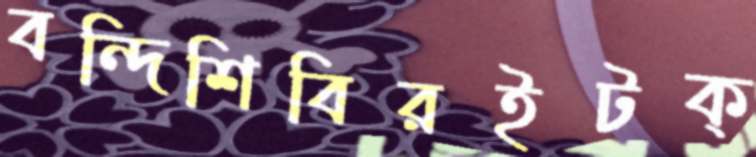
বন্দিশিবিরইটক্